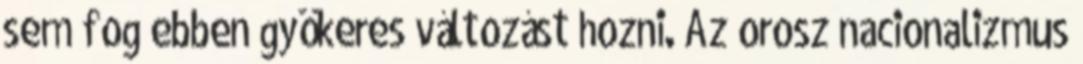
sem fog ebben gyökeres változást hozni. Az orosz nacionalizmus